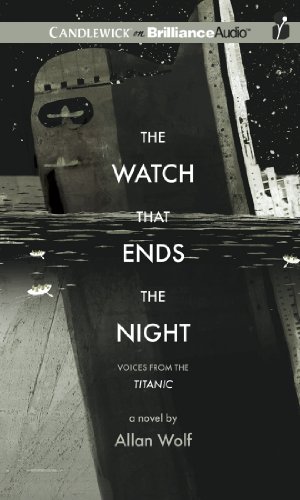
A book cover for The Watch That Ends the Night: Voices from the Titanic; Allan Wolf; Teen & Young Adult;